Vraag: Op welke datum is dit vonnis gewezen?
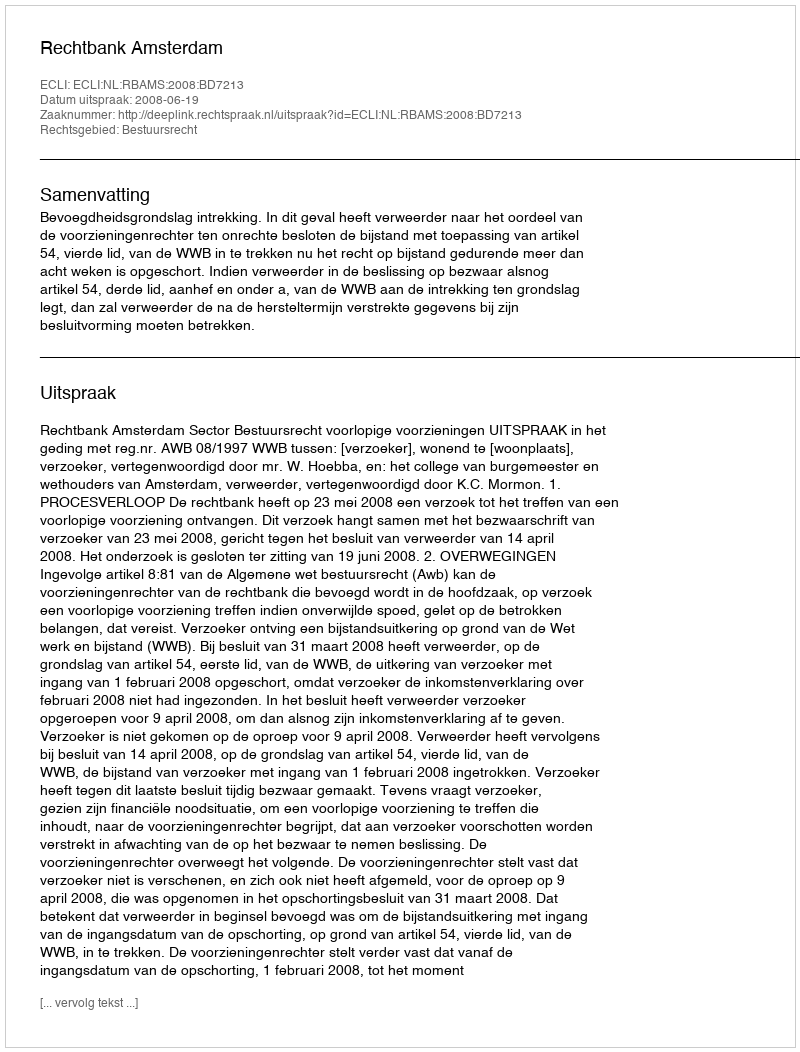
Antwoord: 2008-06-19